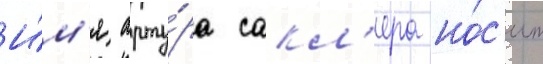
И́м'я арту́ра сакл'ера но́с'ит